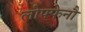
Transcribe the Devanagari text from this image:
लोफ्फेनौ